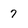
Character: 7